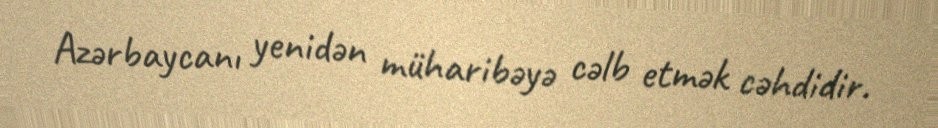
Azərbaycanı yenidən müharibəyə cəlb etmək cəhdidir.